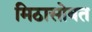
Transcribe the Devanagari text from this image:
मिठासोबत